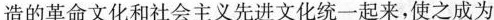
造的革命文化和社会主义先进文化统一起来，使之成为